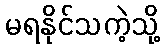
မရနိုင်သကဲ့သို့